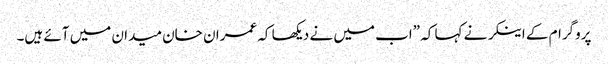
پروگرام کے اینکر نے کہا کہ ”اب میں نے دیکھا کہ عمران خان میدان میں آئے ہیں۔